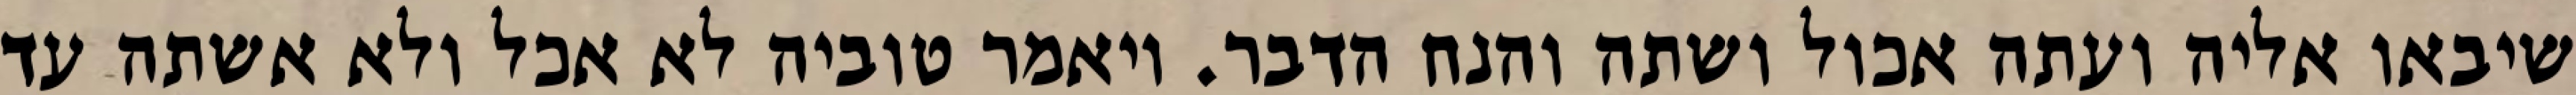
שיבאו אליה ועתה אכול ושתה והנח הדבר. ויאמר טוביה לא אכל ולא אשתה עד